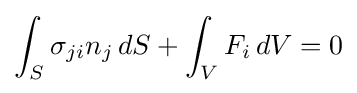
\int _{S}\sigma _{ji}n_{j}\,dS+\int _{V}F_{i}\,dV=0